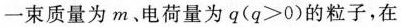
一束质量为m、电荷量为q ($$q > 0$$)的粒子，在